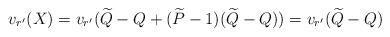
LaTeX: \begin{align*}v_{r'}(X)=v_{r'}(\widetilde{Q}-Q+(\widetilde{P}-1)(\widetilde{Q}-Q))=v_{r'}(\widetilde{Q}-Q)\end{align*}